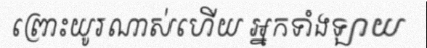
ព្រោះយូរណាស់ហើយ អ្នកទាំងឡាយ